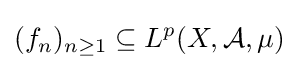
(f_{n})_{n\geq 1}\subseteq L^{p}(X,{\mathcal {A}},\mu )